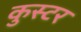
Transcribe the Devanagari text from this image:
कुस्टर